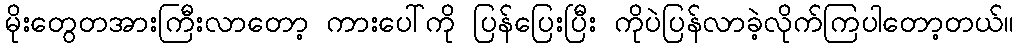
မိုးတွေတအားကြီးလာတော့ ကားပေါ်ကို ပြန်ပြေးပြီး ကိုပဲပြန်လာခဲ့လိုက်ကြပါတော့တယ်။